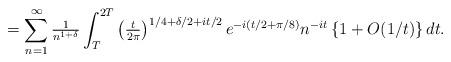
LaTeX: \begin{align*} & = \sum_{n=1}^{\infty}\tfrac{1}{n^{1+\delta}}\int_{T}^{2T}\left({\tfrac{t}{2\pi}}\right)^{{1}/{4}+{\delta}/{2}+{it}/{2}} e^{-i ({t}/{2}+{\pi}/{8})} n^{-it} \left\{1+O({1}/{t})\right\} dt. \end{align*}